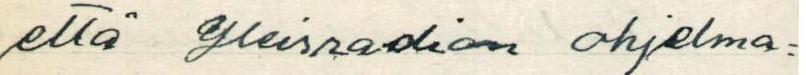
että Yleisradion ohjelma=